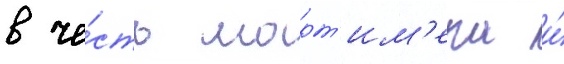
в че́сть морт'им'ера и́